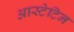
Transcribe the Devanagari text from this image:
आस्टेटिन